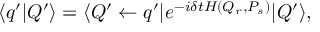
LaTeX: \langle q ^ { \prime } | Q ^ { \prime } \rangle = \langle Q ^ { \prime } \leftarrow q ^ { \prime } | e ^ { - i \delta t H ( Q _ { r } , P _ { s } ) } | Q ^ { \prime } \rangle ,